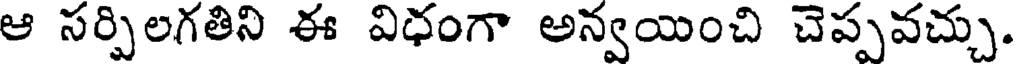
ఆ సర్పిలగతిని ఈ విధంగా అన్వయించి చెప్పవచ్చు.